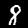
Digit: 8